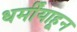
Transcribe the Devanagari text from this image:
धर्मींयाहून